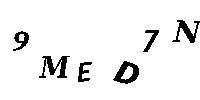
9MED7N